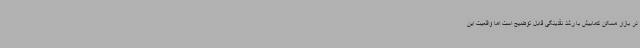
در بازار مسکن کمابیش با رشد نقدینگی قابل توضیح است اما واقعیت این